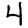
Digit: 4